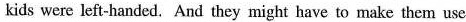
kids were left-handed. And they might have to make them use